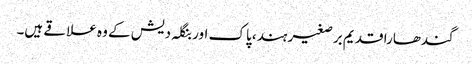
گندھارا قدیم برصغیر ہند، پاک اور بنگلہ دیش کے وہ علاقے ہیں۔